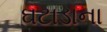
ઘટાડાના